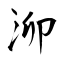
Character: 泖